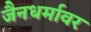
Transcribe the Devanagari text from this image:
जैनधर्मावर